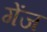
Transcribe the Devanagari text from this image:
गेंज